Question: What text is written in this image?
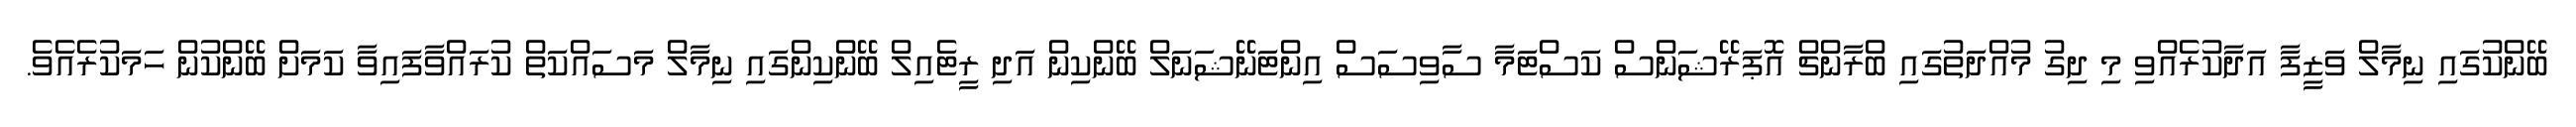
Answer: ބޭންކުގައި ނިމާލް ވަޒީފާ އަދާކުރެއްވި މި ދިގު މުއްދަތުގައި ބްރާންޗް އޮޕަރޭޝަންސް ކަސްޓަމާ ސާވިސަސް އިންޓަނޭޝަނަލް ބޭންކިން އަދި ރީޓެއިލް ބޭންކިންގައި ނިމާލް މަސައްކަތް ކުރައްވާފައިވާ ކަމަށް ބޭންކުން ހަމަކުރެއެވެ.